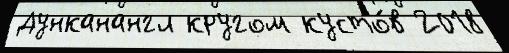
Дунканангл кругом кусто́в 2018